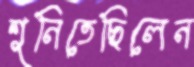
শুনিতেছিলেন